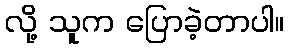
လို့ သူက ပြောခဲ့တာပါ။